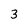
Character: 3